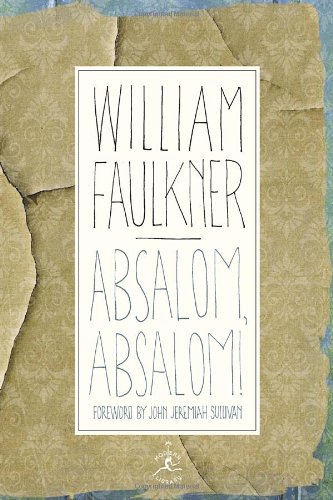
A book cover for Absalom, Absalom! (Modern Library); William Faulkner; Romance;